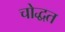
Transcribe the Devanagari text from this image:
चोद्धत